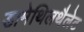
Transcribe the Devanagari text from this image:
डामेथिलथैलेट